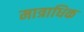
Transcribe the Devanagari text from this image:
मात्राधिक